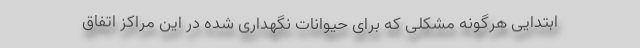
ابتدایی هرگونه مشکلی که برای حیوانات نگهداری شده در این مراکز اتفاق